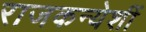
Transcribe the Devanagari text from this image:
राजकन्येशीं